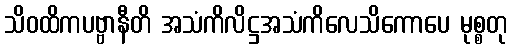
သိဝထိကပဗ္ဗာနီတိ အသံကိလိဋ္ဌအသံကိလေသိကောပေ မုစ္စတု